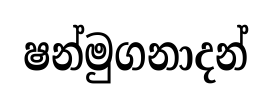
ෂන්මුගනාදන්